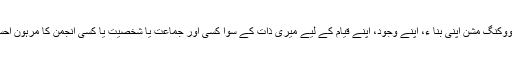
‘‘مسلم مشن ووکنگ مشن اپنی بنا ء، اپنے وجود، اپنے قیام کے لیے میری ذات کے سوا کسی اور جماعت یا شخصیت یا کسی انجمن کا مرہون احسان نہیںہے۔